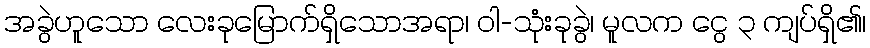
အခွဲဟူသော လေးခုမြောက်ရှိသောအရာ၊ ဝါ-သုံးခုခွဲ၊ မူလက ငွေ ၃ ကျပ်ရှိ၏၊